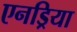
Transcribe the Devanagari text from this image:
एनड्रिया